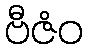
ဗီဇံဝ